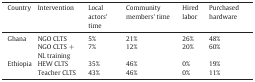
<table><thead><tr><td><b>Country</b></td><td><b>Intervention</b></td><td><b>Local actors&#x27; time</b></td><td><b>Community members&#x27; time</b></td><td><b>Hired labor</b></td><td><b>Purchased hardware</b></td></tr></thead><tbody><tr><td rowspan="2">Ghana</td><td>NGO CLTS</td><td>5%</td><td>21%</td><td>26%</td><td>48%</td></tr><tr><td>NGO CLTS + NL training</td><td>7%</td><td>12%</td><td>20%</td><td>60%</td></tr><tr><td rowspan="2">Ethiopia</td><td>HEW CLTS</td><td>35%</td><td>46%</td><td>0%</td><td>19%</td></tr><tr><td>Teacher CLTS</td><td>43%</td><td>46%</td><td>0%</td><td>11%</td></tr></tbody></table>